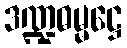
ဒဏ္ဍဓမ္မဋ္ဌေ